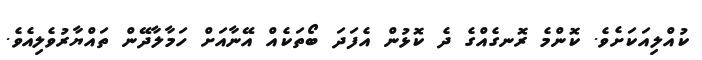
ކުއްލިއަކަށެވެ. ކޮންމެ ރޮނގެއްގެ ދެ ކޮޅުން އެފަދަ ބޯތަކެއް އޭނާއަށް ހަމާލާދޭން ތައްޔާރުވެލިއެވެ.